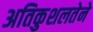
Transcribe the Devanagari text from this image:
अतिकुशलतेने